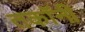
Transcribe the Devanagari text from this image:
तकॉनी